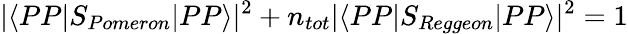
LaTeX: |\langle PP|S_{Pomeron}|PP\rangle|^{2}+n_{tot}|\langle PP|S_{Reggeon}|PP\rangle|^{2}=1